Problem: 5 + 15 = ?
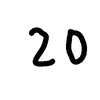
Handwritten answer: 20